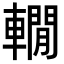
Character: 𨎫